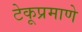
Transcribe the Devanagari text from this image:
टेकूप्रमाणे